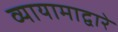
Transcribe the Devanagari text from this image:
व्यायामाद्वारे